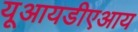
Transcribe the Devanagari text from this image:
यूआयडीएआय